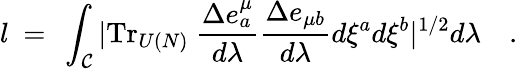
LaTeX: l~=~\int_{\cal C}|\mathrm{Tr}_{U(N)}~{\frac{\Delta e_{a}^{\mu}}{d\lambda}}{\frac{\Delta e_{\mu b}}{d\lambda}}d\xi^{a}d\xi^{b}|^{1/2}d\lambda\quad.